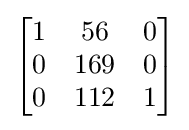
{\begin{bmatrix}1&56&0\\0&169&0\\0&112&1\end{bmatrix}}